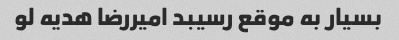
بسیار به موقع رسیبد امیررضا هدیه لو